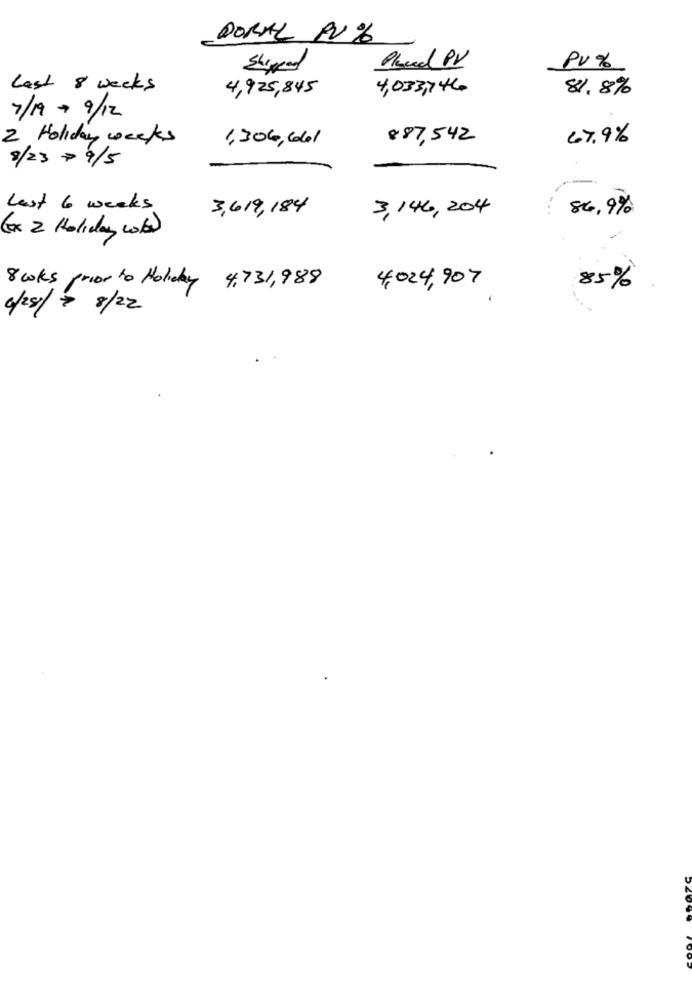
DORAL PU %
Shipped
Placed PV
PV%
Last 8 weeks
4,925,845
4,033,146
81.8%
7/19+ 9/12
2 Holiday weeks
1,306,66/
887,542
47.9%
8/23 + 9/5
Lest 6 weeks
3,619,184
3,146, 204
84,9%
(Ex 2 Holiday cosa
4,024, 907
8 coks prior to Holiday 4,731,988
85%
6/28/ 7 8/22